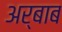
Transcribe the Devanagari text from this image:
अर्बाब